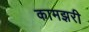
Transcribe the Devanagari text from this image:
कामझरी